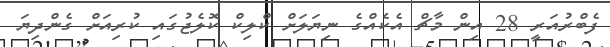
ފެބްރުއަރީ 28 އިން މާޗް އެކެއްގެ ނިޔަލަށް ކްލިކް ކޮލެޖުގައި ކުރިއަށް ގެންދިޔަ